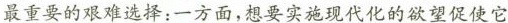
最重要的艰难选择：一方面，想要实施现代化的欲望促使它